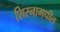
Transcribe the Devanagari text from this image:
शिस्नामधील